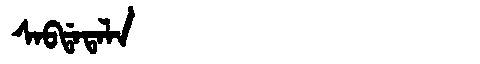
Manchu: ᠰᠠᠪᡩᠠᡨᠠᠯᠠ
Romanization: SABDATALA